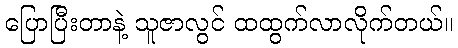
ပြောပြီးတာနဲ့ သူဇာလွင် ထထွက်လာလိုက်တယ်။